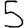
Digit: 5